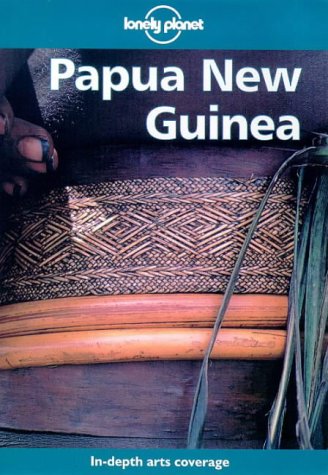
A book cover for Papua New Guinea (Lonely Planet Travel Guides); Adrian Lipscomb; Travel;